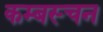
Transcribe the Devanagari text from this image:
कम्बस्चन